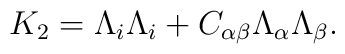
K_2 = \Lambda_i \Lambda_i + C_{\alpha \beta} \Lambda_\alpha \Lambda_\beta.